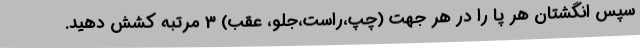
سپس انگشتان هر پا را در هر جهت (چپ،راست،جلو، عقب) 3 مرتبه کشش دهید.